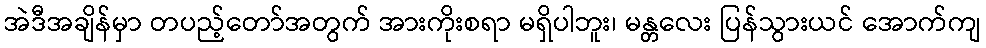
အဲဒီအချိန်မှာ တပည့်တော်အတွက် အားကိုးစရာ မရှိပါဘူး၊ မန္တလေး ပြန်သွားယင် အောက်ကျ